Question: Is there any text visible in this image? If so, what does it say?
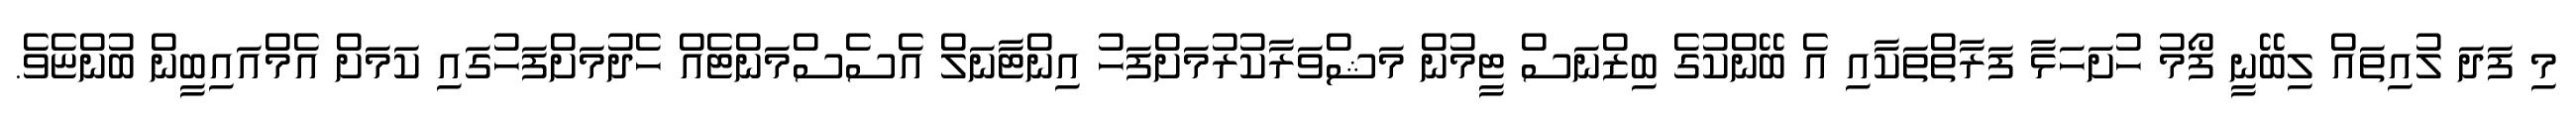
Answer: މި ފަދަ ލުއިތައް ލިބޭނީ ފޯމު ހުށަހަޅާ ފަރާތްތަކާއި އެ ބޭންކުގެ ބިޒްނަސް ޓީމުން މަޝްވަރާކުރުމަށްފަހު އިންޓާނަލް އެސެސްމަންޓެއް ހެދުމަށްފަހުގައި ކަމަށް އެމްއައިބީން ބުންޏެވެ.